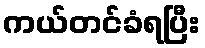
ကယ်တင်ခံရပြီး